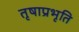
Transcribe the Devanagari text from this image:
तृषाप्रभृति